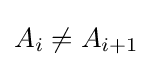
A_{i}\neq A_{i+1}